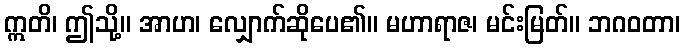
ဣတိ၊ ဤသို့။ အာဟ၊ လျှောက်ဆိုပေ၏။ မဟာရာဇ၊ မင်းမြတ်။ ဘဂဝတာ၊